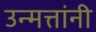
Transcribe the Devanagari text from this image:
उन्मत्तांनी